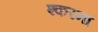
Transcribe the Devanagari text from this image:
श्करना